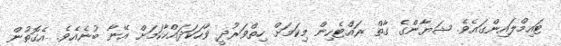
ޓައިމްލައިންގައެވެ. ޝަޔާންގެ ގާތް ރައްޓެހިން މިކަމަށް ހިތްވަރުދީ ވާހަކަދައްކާކަމަށް އޭނާ ބުނެއެވެ. އެގޮތުން